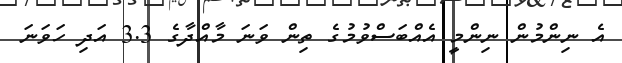
އެ ނިންމުން ނިންމީ އެއްބަސްވުމުގެ ތިން ވަނަ މާއްދާގެ 3.3 އަދި ހަވަނަ